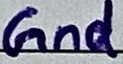
Text: Gnd